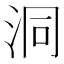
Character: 洞